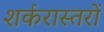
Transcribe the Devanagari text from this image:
शर्करास्तरों